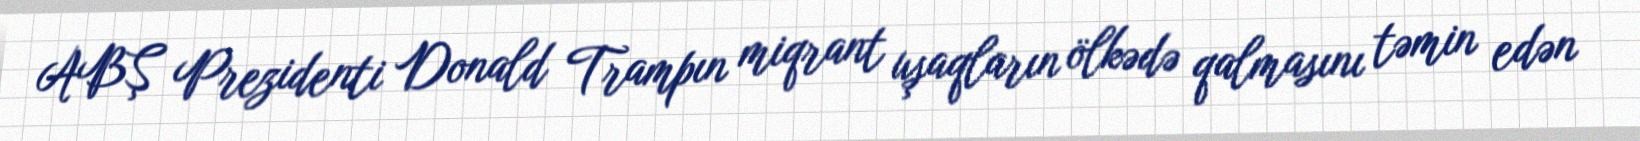
ABŞ Prezidenti Donald Trampın miqrant uşaqların ölkədə qalmasını təmin edən